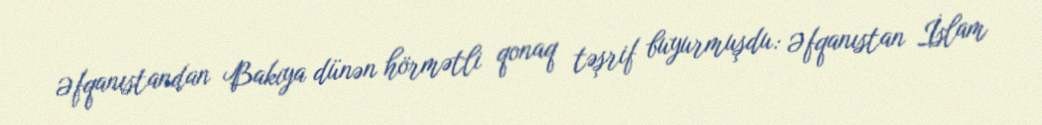
Əfqanıstandan Bakıya dünən hörmətli qonaq təşrif buyurmuşdu: Əfqanıstan İslam